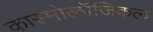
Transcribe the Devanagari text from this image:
कास्मोलॉजिकल